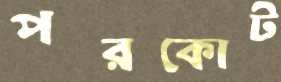
পরকোট